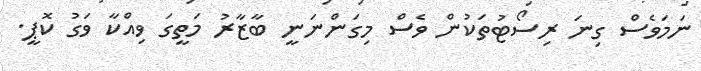
ނަމަވެސް ގިނަ ރިސޯޓުތަކުން ވެސް މިގަންނަނީ ބާޒާރު މަތީގަ ވިއްކާ ވަގު ކޮޕީ.